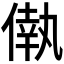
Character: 𠌷